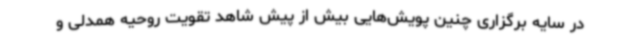
در سایه برگزاری چنین پویش‌هایی بیش از پیش شاهد تقویت روحیه همدلی و